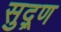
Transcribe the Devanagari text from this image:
सुद्र्ण